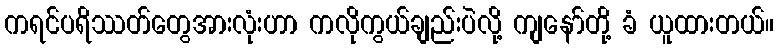
ကရင်ပရိဿတ်တွေအားလုံးဟာ ကလိုကွယ်ချည်းပဲလို့ ကျနော်တို့ ခံ ယူထားတယ်။